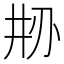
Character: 刱